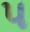
પ